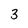
Character: 3